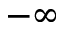
- \infty